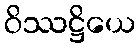
ဝိဿဋ္ဌိယေ